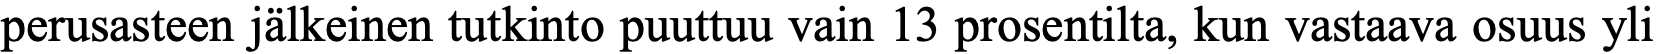
perusasteen jälkeinen tutkinto puuttuu vain 13 prosentilta, kun vastaava osuus yli